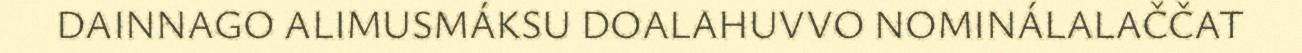
DAINNAGO ALIMUSMÁKSU DOALAHUVVO NOMINÁLALAČČAT